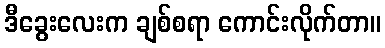
ဒီခွေးလေးက ချစ်စရာ ကောင်းလိုက်တာ။